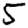
Digit: 5